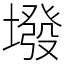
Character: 墢